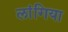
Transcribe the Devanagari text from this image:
लांगिया